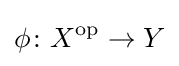
\phi \colon X^{\text{op}}\to Y